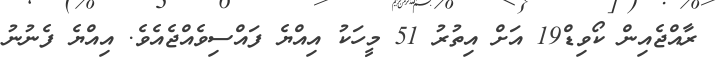
ރާއްޖެއިން ކޯވިޑް19 އަށް އިތުރު 51 މީހަކު އިއްޔެ ފައްސިވެއްޖެއެވެ. އިއްޔެ ފެނުނު